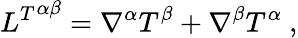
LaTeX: {L^{T}}^{\alpha\beta}=\nabla^{\alpha}T^{\beta}+\nabla^{\beta}T^{\alpha}\ ,